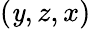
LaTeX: (\mathit{y},z,x)